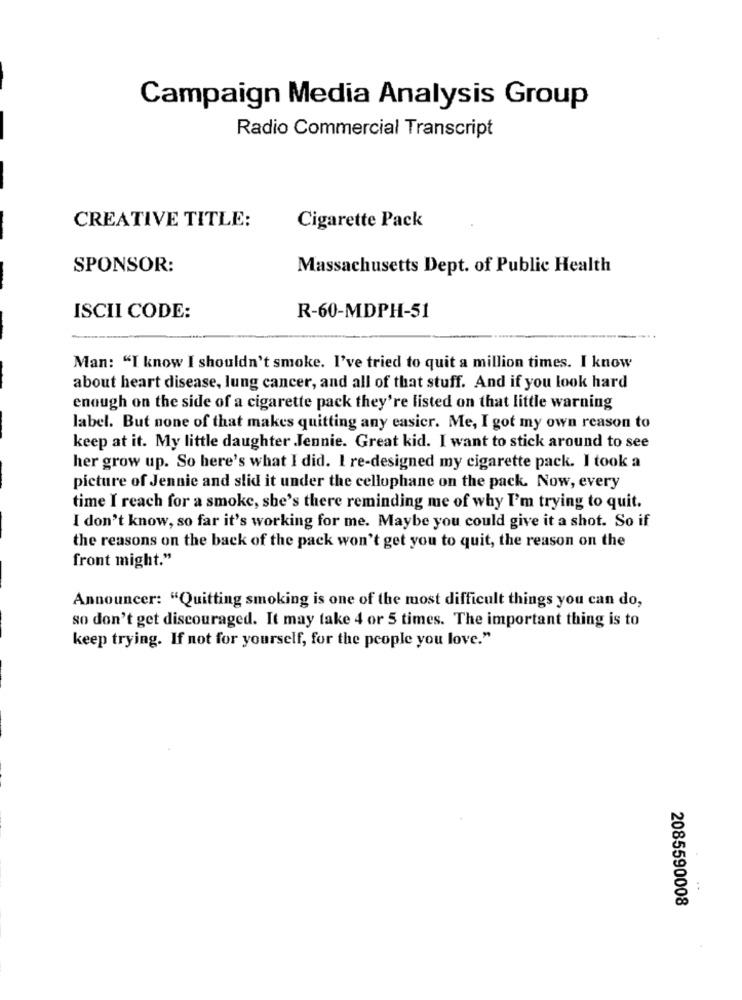
Campaign Media Analysis Group
Radio Commercial Transcript
CREATIVE TITLE:
Cigarette Pack
SPONSOR:
Massachusetts Dept. of Public Health
ISCII CODE:
R-60-MDPH-51
Man: "I know I shouldn't smoke. I've tried to quit a million times. I know
about heart disease, lung cancer, and all of that stuff. And if you look hard
enough on the side of a cigarette pack they're listed on that little warning
label. But none of that makes quitting any easier. Me, I got my own reason to
keep at it. My little daughter .Jennie. Great kid. I want to stick around to see
her grow up. So here's what I did. I re-designed my cigarette pack. I took a
picture of Jennie and slid it under the cellophane on the pack. Now, every
time I reach for a smoke, she's there reminding me of why I'm trying to quit.
I don't know, so far it's working for me. Maybe you could give it a shot. So if
the reasons on the back of the pack won't get you to quit, the reason on the
front might."
Announcer: "Quitting smoking is one of the most difficult things you can do,
so don't get discouraged. It may take 4 or 5 times. The important thing is to
keep trying. If not for yourself, for the people you love."
..
2085590008